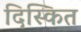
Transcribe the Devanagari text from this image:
दिस्कित